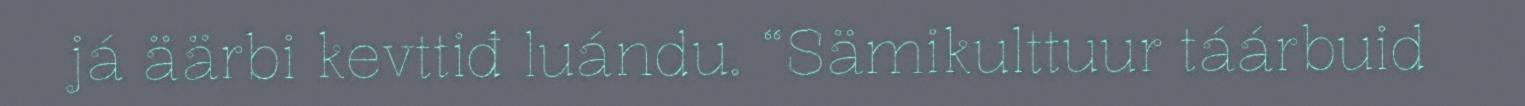
já äärbi kevttiđ luándu. “Sämikulttuur táárbuid